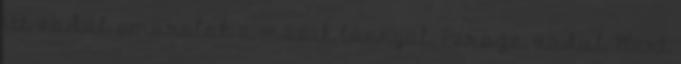
itt vadul smárolok a másik lánnyal. Persze, vadul Mert